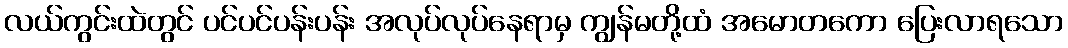
လယ်ကွင်းထဲတွင် ပင်ပင်ပန်းပန်း အလုပ်လုပ်နေရာမှ ကျွန်မတို့ထံ အမောတကော ပြေးလာရသော